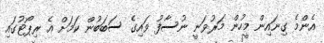
އެންމެ ގިނައިން މީހުން މަރުވަނީ ނުސާފު ވައިގެ ސަބަބުން ކަމަށް އެ ރިޕޯޓުގައި